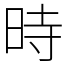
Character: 時